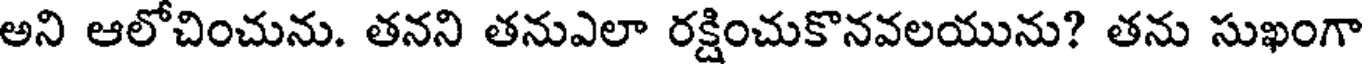
అని ఆలోచించును. తనని తనుఎలా రక్షించుకొనవలయును? తను సుఖంగా